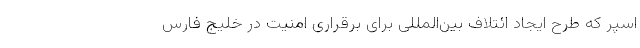
اسپر که طرح ایجاد ائتلاف بین‌المللی برای برقراری امنیت در خلیج فارس